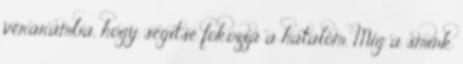
véráramba, hogy segítse fokozza a hatalom. Míg a smink